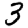
Digit: 3